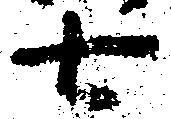
七